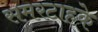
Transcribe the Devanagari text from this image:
समरटाहके